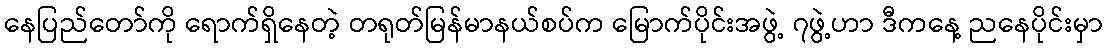
နေပြည်တော်ကို ရောက်ရှိနေတဲ့ တရုတ်မြန်မာနယ်စပ်က မြောက်ပိုင်းအဖွဲ့ ၇ဖွဲ့ဟာ ဒီကနေ့ ညနေပိုင်းမှာ